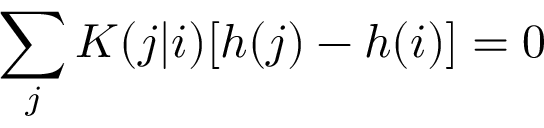
\sum _ { j } K ( j | i ) [ h ( j ) - h ( i ) ] = 0